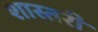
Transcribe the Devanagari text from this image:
शास्तरी